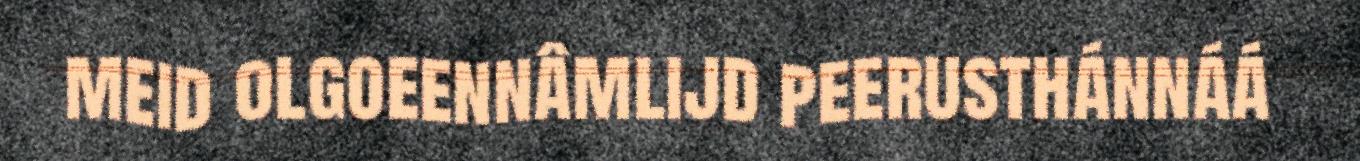
meid olgoeennâmlijd peerusthánnáá